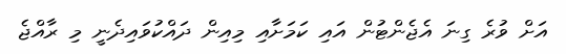
އަށް ވުރެ ގިނަ އެޖެންޓުން އައި ކަމަށާއި މިއިން ދައްކުވައިދެނީ މި ރާއްޖެ